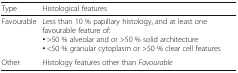
<table><thead><tr><td><b>Type</b></td><td><b>Histological features</b></td></tr></thead><tbody><tr><td>Favourable</td><td>Less than 10 % papillary histology, and at least one favourable feature of:• &gt;50 % alveolar and or &gt;50 % solid architecture• &lt;50 % granular cytoplasm or &gt;50 % clear cell features</td></tr><tr><td>Other</td><td>Histology features other than <i>Favourable</i></td></tr></tbody></table>